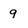
Character: 9